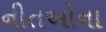
નીતઓના